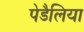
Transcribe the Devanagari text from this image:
पेडैलिया